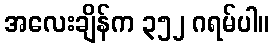
အလေးချိန်က ၃၅၂ ဂရမ်ပါ။